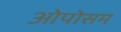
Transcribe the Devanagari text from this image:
ओपोसम